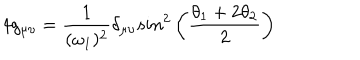
LaTeX: 4 g _ { \mu \upsilon } = { \frac { 1 } { ( \omega _ { 1 } ) ^ { 2 } } } \delta _ { \mu \upsilon } s i n ^ { 2 } \left( { \frac { \theta _ { 1 } + 2 \theta _ { 2 } } { 2 } } \right)